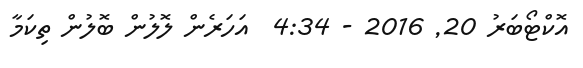
އޮކްޓޯބަރު 20